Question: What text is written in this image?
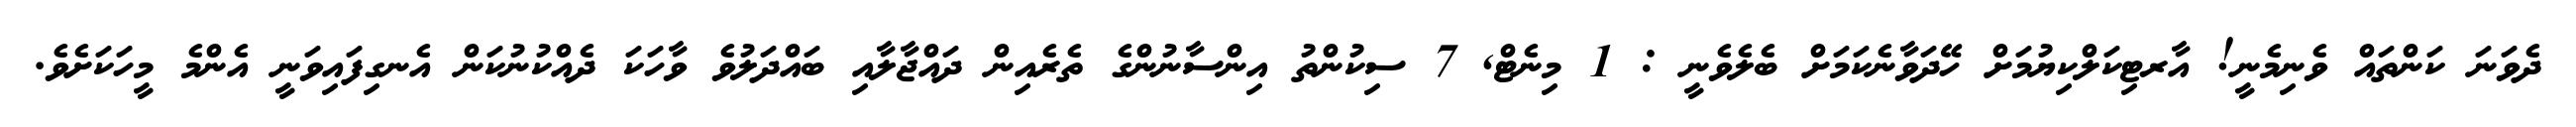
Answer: ދެވަނަ ކަންތައް ވެނިމެނީ! އާރޓިކަލްކިޔުމަށް ހޭދަވާނެކަމަށް ބެލެވެނީ : 1 މިނެޓް, 7 ސިކުންތު އިންސާނުންގެ ތެރެއިން ދައްޖާލާއި ބައްދަލުވެ ވާހަކަ ދެއްކުނުކަން އެނގިފައިވަނީ އެންމެ މީހަކަށެވެ.